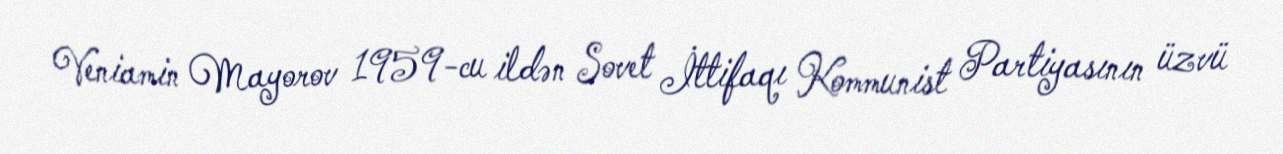
Veniamin Mayorov 1959-cu ildən Sovet İttifaqı Kommunist Partiyasının üzvü